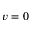
v = 0